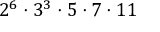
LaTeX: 2 ^ { 6 } \cdot 3 ^ { 3 } \cdot 5 \cdot 7 \cdot 1 1